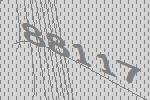
88117